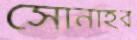
সোনাহর